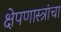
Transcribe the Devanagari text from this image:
क्षेपणास्त्रांचा